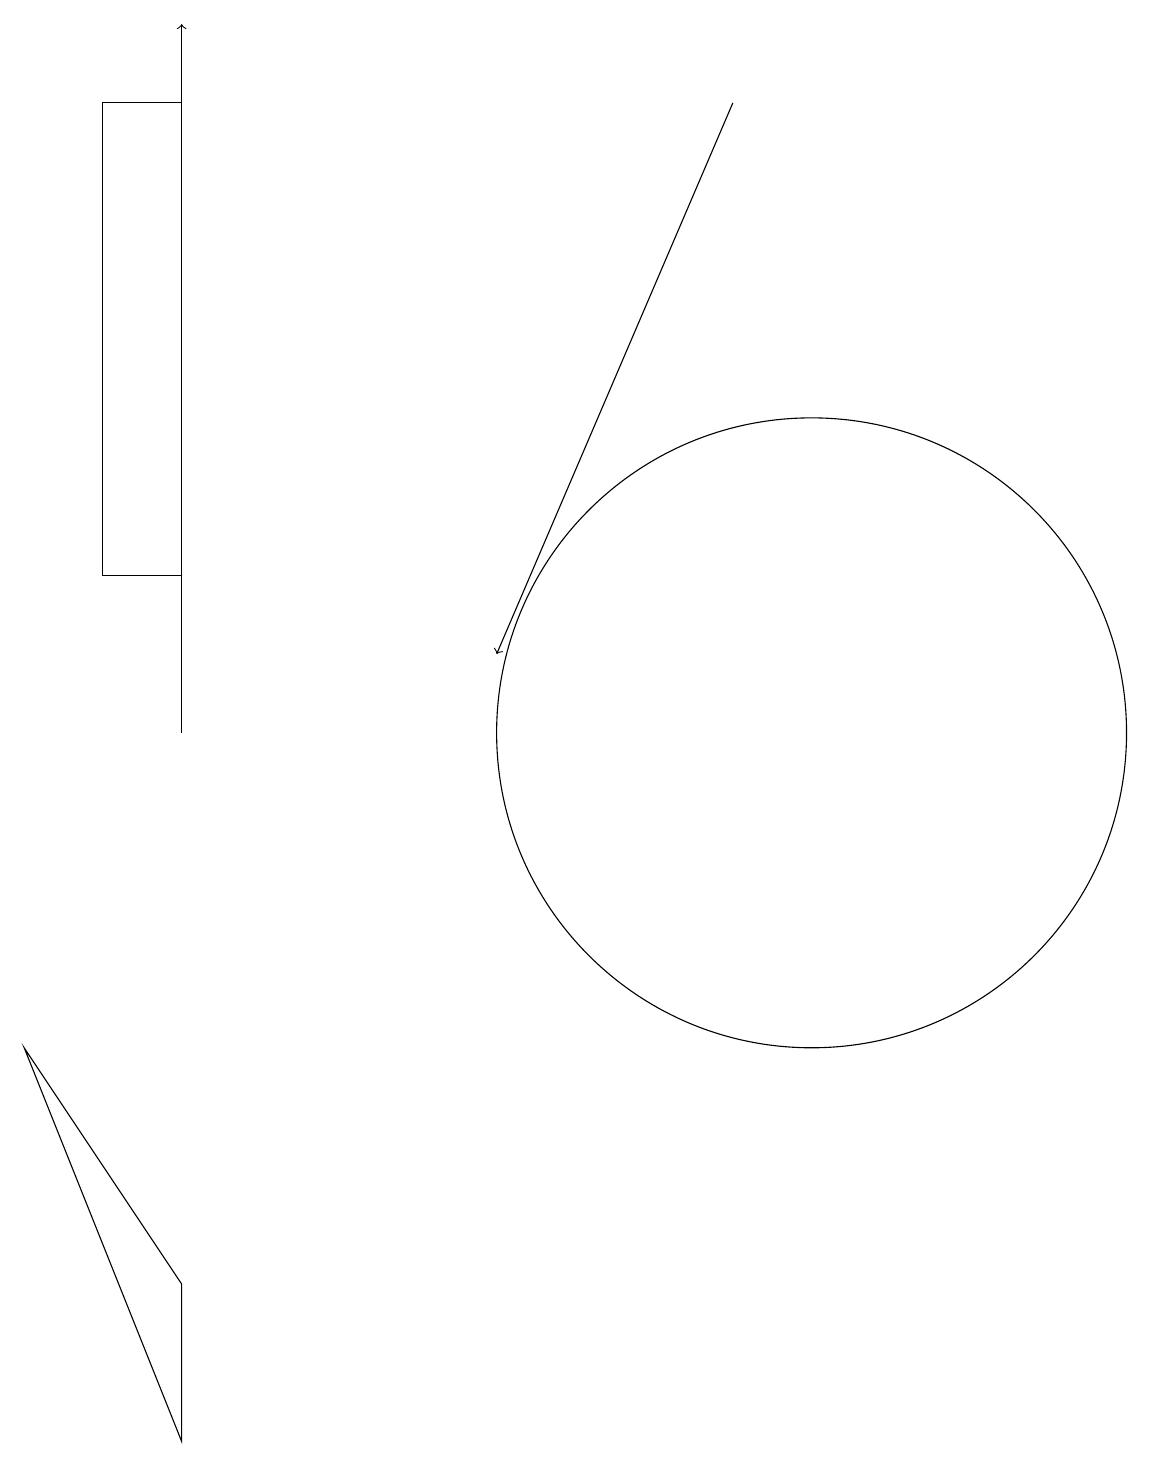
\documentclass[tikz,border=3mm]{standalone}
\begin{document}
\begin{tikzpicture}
\draw (10,10) circle (4);
\draw[->] (2,10) -- (2,19);
\draw[->] (9,18) -- (6,11);
\draw (0,6) -- (2,1) -- (2,3) -- cycle;
\draw (1,18) rectangle (2,12);
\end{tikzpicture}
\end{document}